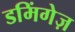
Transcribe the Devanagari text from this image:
डमिंगेज़